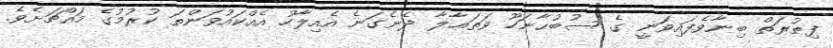
ފިޠުރަތް ބިނާވެފައިވަނީ ގެ ސުބުޙާނަހޫ ވަތަޢާލާ ދެނެގަނެ އެއިލާހު އެއްކައުވަންތަ ކުރުމުގެ މައްޗަށެވެ.